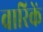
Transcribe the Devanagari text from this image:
वारिकें